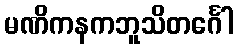
မဏိကနကဘူသိတင်္ဂေါ